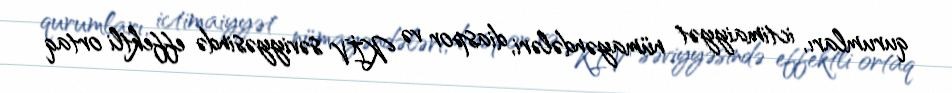
qurumları, ictimaiyyət nümayəndələri, diaspor və KİV səviyyəsində effektli ortaq